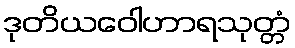
ဒုတိယဝေါဟာရသုတ္တံ